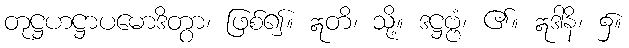
တုဋ္ဌဟဋ္ဌာပမောဒိတွာ၊ ဖြစ်၍။ ဣတိ၊ သို့။ ဒဋ္ဌဗ္ဗံ၊ ၏။ ဣဒါနိ၊ ၌။